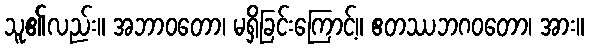
သူ၏လည်း။ အဘာဝတော၊ မရှိခြင်းကြောင့်။ ဧတဿဘဂဝတော၊ အား။